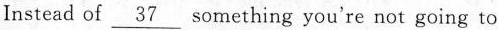
Instead of \underline{37} something you're not going to